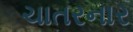
ચાતરનાર